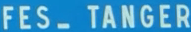
FES_-TANGER